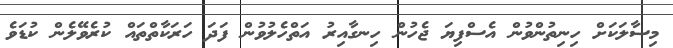
މިސާލަކަށް ހިނިތުންވުން އެސްފިޔަ ޖެހުން ހިނގާއިރު އަތްހެލުވުން ފަދަ ހަރަކާތްތައް ކުރެވޭލެން ކުޑަވެ